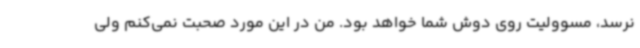
نرسد، مسوولیت روی دوش شما خواهد بود. من در این مورد صحبت نمی‌کنم ولی